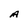
Character: A